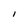
Character: l